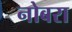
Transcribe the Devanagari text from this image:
नोबरा